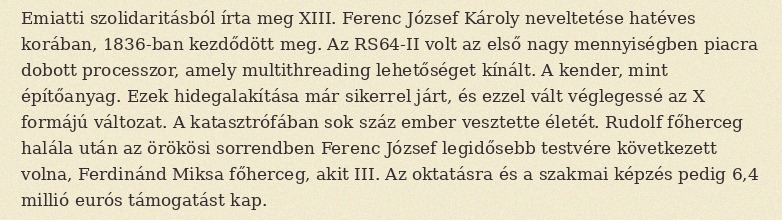
Emiatti szolidaritásból írta meg XIII. Ferenc József Károly neveltetése hatéves korában, 1836-ban kezdődött meg. Az RS64-II volt az első nagy mennyiségben piacra dobott processzor, amely multithreading lehetőséget kínált. A kender, mint építőanyag. Ezek hidegalakítása már sikerrel járt, és ezzel vált véglegessé az X formájú változat. A katasztrófában sok száz ember vesztette életét. Rudolf főherceg halála után az örökösi sorrendben Ferenc József legidősebb testvére következett volna, Ferdinánd Miksa főherceg, akit III. Az oktatásra és a szakmai képzés pedig 6,4 millió eurós támogatást kap.